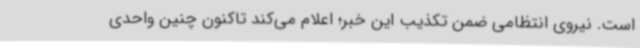
است. نیروی انتظامی ضمن تکذیب این خبر؛ اعلام می‌کند تاکنون چنین واحدی